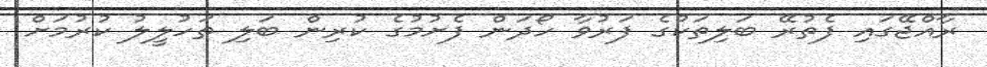
ރާއްޖޭގައި ފެތުރޭ ބަލިތަކުގެ ފަރުވާ ހޯދަން ފެށުމުގެ ކުރިން ބަލި ތަހުލީލު ކުރުމަށް